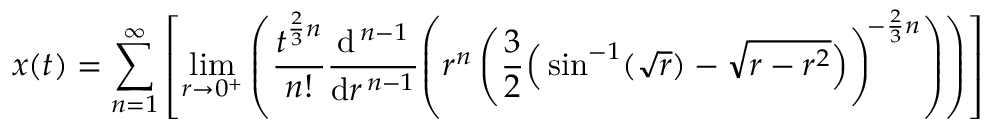
x ( t ) = \sum _ { n = 1 } ^ { \infty } \left[ \operatorname* { l i m } _ { r \to 0 ^ { + } } \left( { \frac { t ^ { { \frac { 2 } { 3 } } n } } { n ! } } { \frac { \mathrm { d } ^ { \, n - 1 } } { \mathrm { d } r ^ { \, n - 1 } } } \! \left( r ^ { n } \left( { \frac { 3 } { 2 } } { \Big ( } \sin ^ { - 1 } ( { \sqrt { r } } ) - { \sqrt { r - r ^ { 2 } } } { \Big ) } \right) ^ { \! - { \frac { 2 } { 3 } } n } \right) \right) \right]